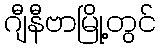
ဂျီနီဗာမြို့တွင်